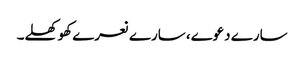
سارے دعوے، سارے نعرے کھوکھلے۔